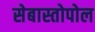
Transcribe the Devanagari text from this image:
सेबास्तोपोल